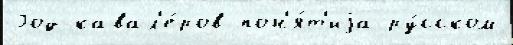
Год кавал'е́ров пон'я́т'иjа ру́сском